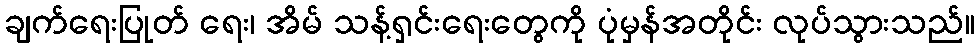
ချက်ရေးပြုတ် ရေး၊ အိမ် သန့်ရှင်းရေးတွေကို ပုံမှန်အတိုင်း လုပ်သွားသည်။